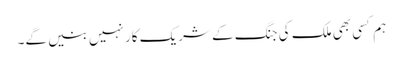
ہم کسی بھی ملک کی جنگ کے شریک کار نہیں بنیں گے۔